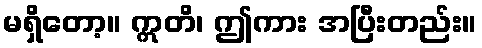
မရှိတော့။ ဣတိ၊ ဤကား အပြီးတည်း။